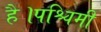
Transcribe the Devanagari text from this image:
है।पश्चिमी